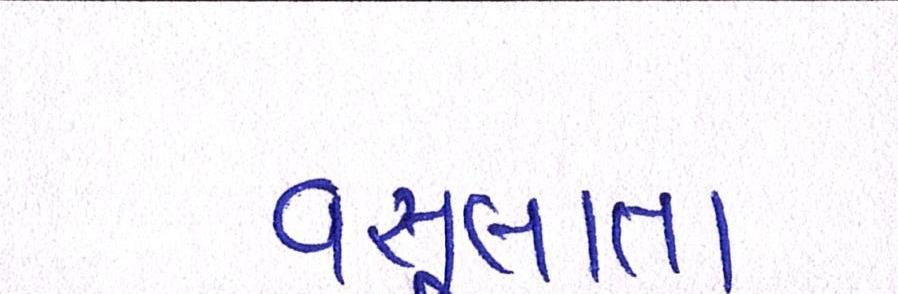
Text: વસૂલાત